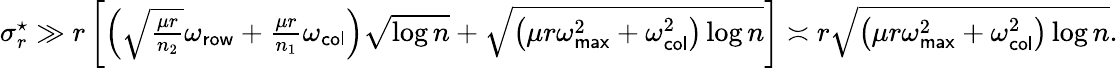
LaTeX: \begin{array}{r}{\sigma_{r}^{\star}\gg r\left[\left(\sqrt{\frac{\mu r}{n_{2}}}\omega_{\sf row}+\frac{\mu r}{n_{1}}\omega_{\sf col}\right)\sqrt{\log n}+\sqrt{\left(\mu r\omega_{\sf max}^{2}+\omega_{\sf col}^{2}\right)\log n}\right]\asymp r\sqrt{\left(\mu r\omega_{\sf max}^{2}+\omega_{\sf col}^{2}\right)\log n}.}\end{array}